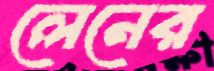
লেনের